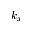
k _ { x }